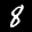
Label: 8